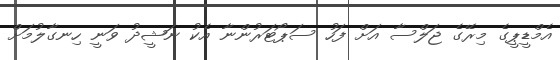
އެމްޑީޕީގެ މިރޭގެ ޖަލްސާ އަށް ފަހު ސަޕޯޓަރުންނާ އެކު ނަޝީދު ވަނީ ހިނގާލުމަށް